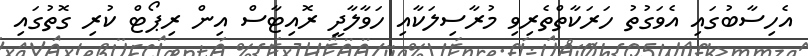
އެހިސާބުގައި އެވަގުތު ހަރަކާތްތެރިވި މުރާސިލަކާއި ހަވާލާދީ ރޮއިޓާސް އިން ރިޕޯޓް ކުރި ގޮތުގައި